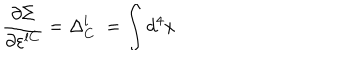
LaTeX: \frac { \partial \Sigma } { \partial \varepsilon ^ { l C } } = \Delta _ { C } ^ { l } \; = \int d ^ { 4 } x